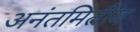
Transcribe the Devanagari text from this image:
अनंतमितीय